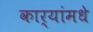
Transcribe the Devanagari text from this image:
कार्यांमधे